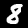
Label: 8